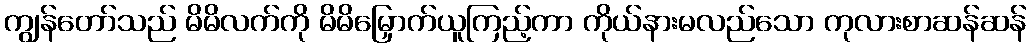
ကျွန်တော်သည် မိမိလက်ကို မိမိမြှောက်ယူကြည့်ကာ ကိုယ်နားမလည်သော ကုလားစာဆန်ဆန်